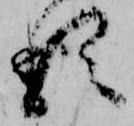
る